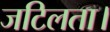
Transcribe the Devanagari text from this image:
जटिलता।